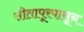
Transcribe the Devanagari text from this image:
सीतापूरपासून